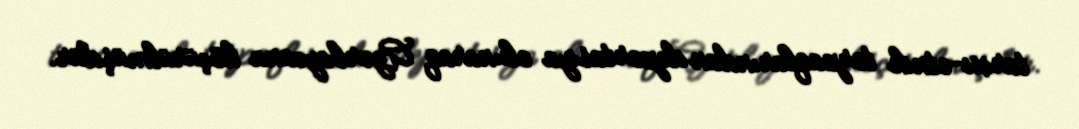
tarixi-etnik torpaqlarından deportasiya olunaraq Azərbaycana köçürülmüşdür.